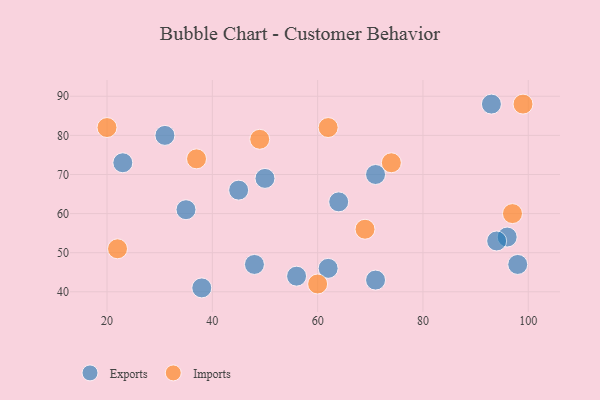
{"axis": {"x": "GDP", "y": "Life Expectancy"}, "legend": ["Exports", "Imports"], "data": [{"x": "98", "y": 47, "type": "Exports"}, {"x": "62", "y": 46, "type": "Exports"}, {"x": "71", "y": 70, "type": "Exports"}, {"x": "96", "y": 54, "type": "Exports"}, {"x": "64", "y": 63, "type": "Exports"}, {"x": "50", "y": 69, "type": "Exports"}, {"x": "71", "y": 43, "type": "Exports"}, {"x": "45", "y": 66, "type": "Exports"}, {"x": "94", "y": 53, "type": "Exports"}, {"x": "23", "y": 73, "type": "Exports"}, {"x": "48", "y": 47, "type": "Exports"}, {"x": "56", "y": 44, "type": "Exports"}, {"x": "93", "y": 88, "type": "Exports"}, {"x": "31", "y": 80, "type": "Exports"}, {"x": "38", "y": 41, "type": "Exports"}, {"x": "35", "y": 61, "type": "Exports"}, {"x": "60", "y": 42, "type": "Imports"}, {"x": "62", "y": 82, "type": "Imports"}, {"x": "22", "y": 51, "type": "Imports"}, {"x": "37", "y": 74, "type": "Imports"}, {"x": "20", "y": 82, "type": "Imports"}, {"x": "99", "y": 88, "type": "Imports"}, {"x": "49", "y": 79, "type": "Imports"}, {"x": "97", "y": 60, "type": "Imports"}, {"x": "69", "y": 56, "type": "Imports"}, {"x": "74", "y": 73, "type": "Imports"}]}